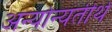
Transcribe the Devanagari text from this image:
अन्योन्यतीर्थ